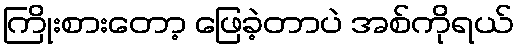
ကြိုးစားတော့ ဖြေခဲ့တာပဲ အစ်ကိုရယ်